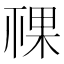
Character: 𥚌